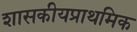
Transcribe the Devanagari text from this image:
शासकीयप्राथमिक